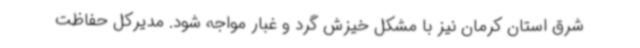
شرق استان کرمان نیز با مشکل خیزش گرد و غبار مواجه شود. مدیرکل حفاظت